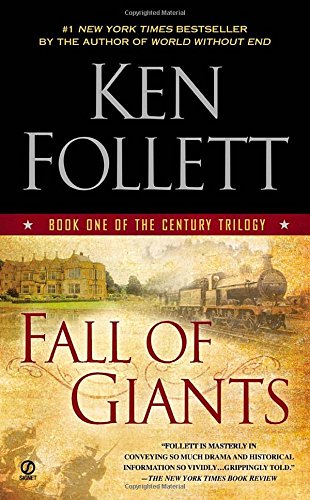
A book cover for Fall of Giants: Book One of the Century Trilogy; Ken Follett; Literature & Fiction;